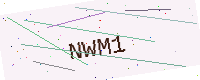
Text: NWM1